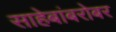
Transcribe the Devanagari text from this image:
साहेबांबरोबर